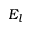
E _ { l }